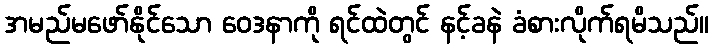
အမည်မဖော်နိုင်သော ဝေဒနာကို ရင်ထဲတွင် နင့်ခနဲ ခံစားလိုက်ရမိသည်။